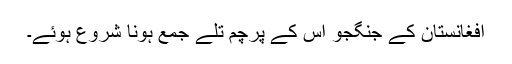
افغانستان کے جنگجو اس کے پرچم تلے جمع ہونا شروع ہوئے۔